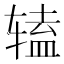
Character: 𫐔